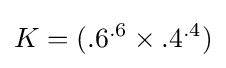
K=(.6^{.6}\times .4^{.4})